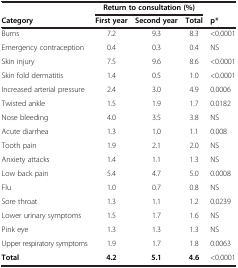
|  | <COLSPAN=3> Return to consultation (%) |  |
 | Category | First year | Second year | Total | p* |
 | --- | --- | --- | --- | --- |
 | Burns | 7.2 | 9.3 | 8.3 | <0.0001 |
 | Emergency contraception | 0.4 | 0.3 | 0.4 | NS |
 | Skin injury | 7.5 | 9.6 | 8.6 | <0.0001 |
 | Skin fold dermatitis | 1.4 | 0.5 | 1.0 | <0.0001 |
 | Increased arterial pressure | 2.4 | 3.0 | 4.9 | 0.0006 |
 | Twisted ankle | 1.5 | 1.9 | 1.7 | 0.0182 |
 | Nose bleeding | 4.0 | 3.5 | 3.8 | NS |
 | Acute diarrhea | 1.3 | 1.0 | 1.1 | 0.008 |
 | Tooth pain | 1.9 | 2.1 | 2.0 | NS |
 | Anxiety attacks | 1.4 | 1.1 | 1.3 | NS |
 | Low back pain | 5.4 | 4.7 | 5.0 | 0.0008 |
 | Flu | 1.0 | 0.7 | 0.8 | NS |
 | Sore throat | 1.3 | 1.1 | 1.2 | 0.0239 |
 | Lower urinary symptoms | 1.5 | 1.7 | 1.6 | NS |
 | Pink eye | 1.3 | 1.3 | 1.3 | NS |
 | Upper respiratory symptoms | 1.9 | 1.7 | 1.8 | 0.0063 |
 | Total | 4.2 | 5.1 | 4.6 | <0.0001 |